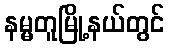
နမ္မတူမြို့နယ်တွင်